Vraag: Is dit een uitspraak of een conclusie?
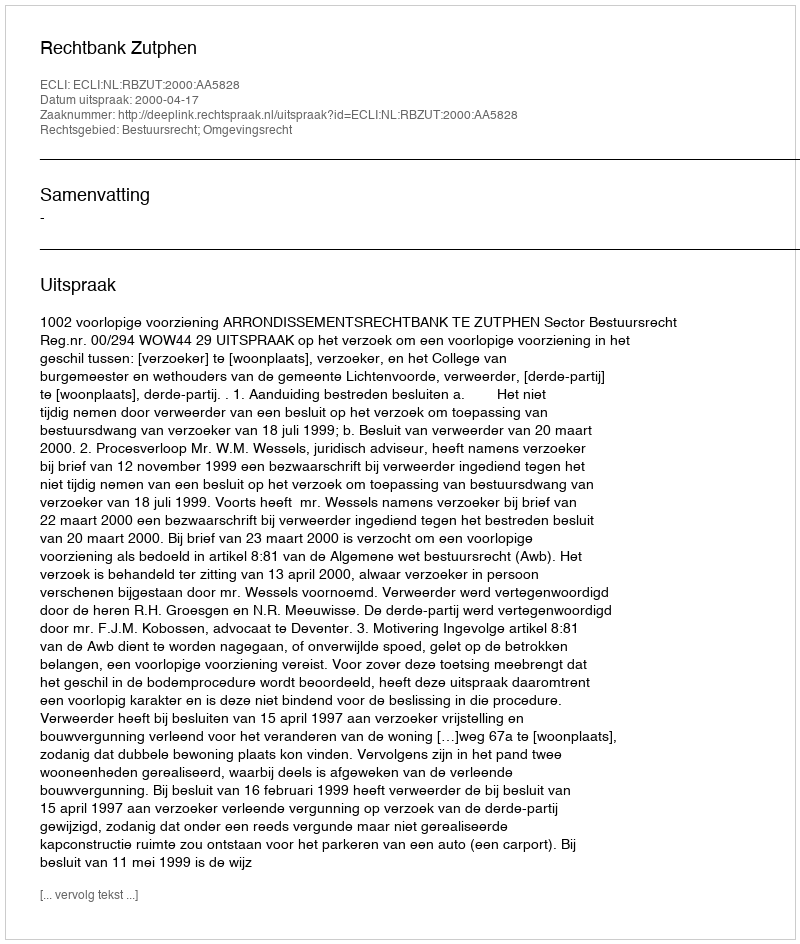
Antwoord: Uitspraak